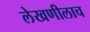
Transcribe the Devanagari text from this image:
लेखणीलाच